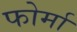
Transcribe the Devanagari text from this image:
फोर्मा